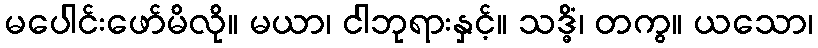
မပေါင်းဖော်မိလို။ မယာ၊ ငါဘုရားနှင့်။ သဒ္ဓိံ၊ တကွ။ ယသော၊